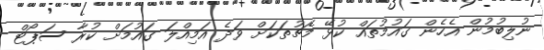
ނުލިބުމުން އެހެން ގައުމުތައް ކުޅޭ މެޗުތަކަށް ވަދެ އަމިއްލަ ގައުމަށް ކުރާ ސަޕޯޓް